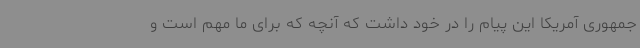
جمهوری آمریکا این پیام را در خود داشت که آنچه که برای ما مهم است و